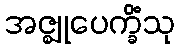
အဇ္ဈုပေက္ခိံသု